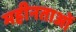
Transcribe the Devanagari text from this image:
महीनताओं